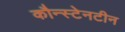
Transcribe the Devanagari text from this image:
कौन्स्टेनटीन